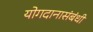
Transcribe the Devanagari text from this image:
योगदानासंबंधी